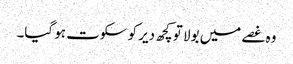
وہ غصے میں بولا تو کچھ دیر کو سکوت ہو گیا۔